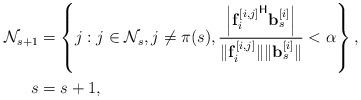
LaTeX: \begin{align*}\mathcal{N}_{s+1}& = \left\{j:j \in \mathcal{N}_{s}, j \neq \pi(s), \frac{\left|{\mathbf{f}_{i}^{[i,j]}}^{\mathsf{H}} \mathbf{b}_{s}^{[i]}\right|}{\| \mathbf{f}_{i}^{[i,j]}\| \|\mathbf{b}_{s}^{[i]}\|} <\alpha\right\}, \\ s &= s+1,\end{align*}